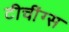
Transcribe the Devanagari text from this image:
टीचींग्स